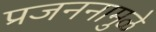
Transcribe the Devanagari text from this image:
प्रजननामुळे